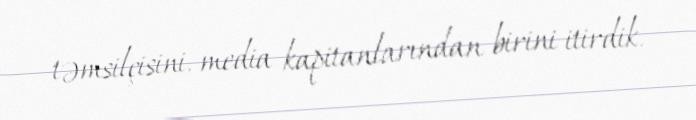
təmsilçisini, media kapitanlarından birini itirdik.